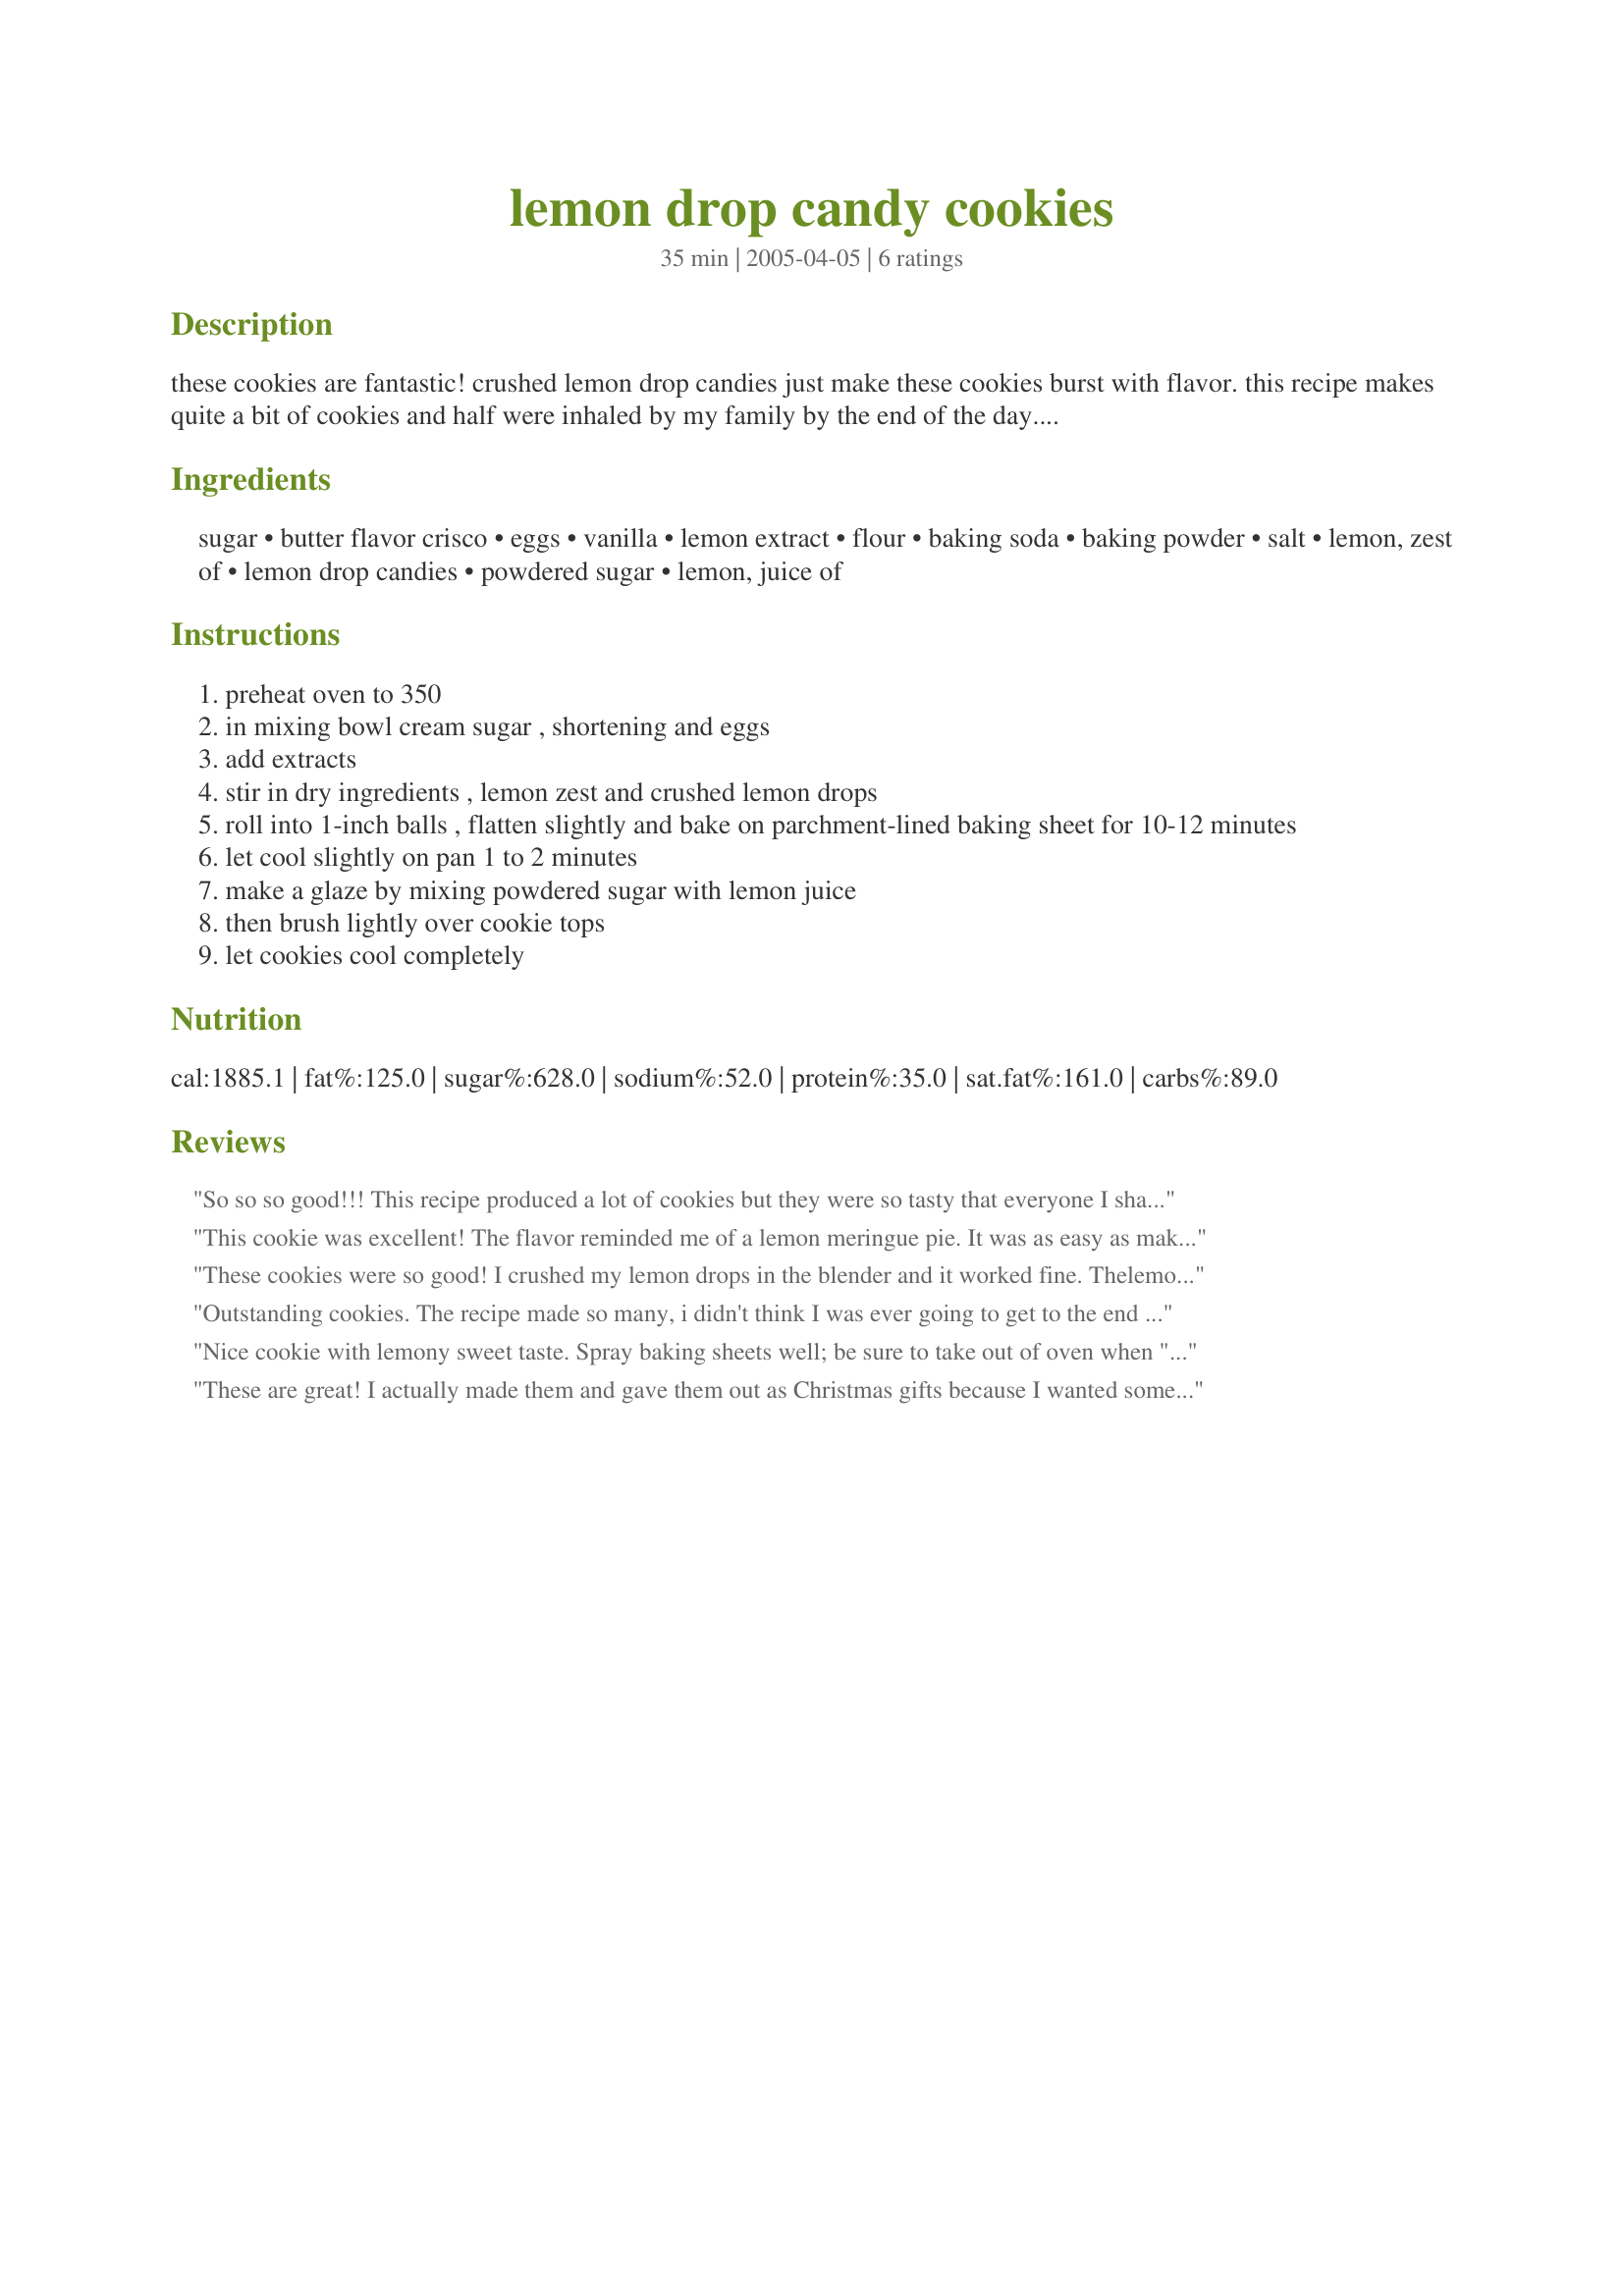
lemon drop candy cookies
Preparation time: 35 minutes

these cookies are fantastic! crushed lemon drop candies just make these cookies burst with flavor. this recipe makes quite a bit of cookies and half were inhaled by my family by the end of the day. the recipe orginated by a lady named ann orton who was trying to duplicate a recipe that she had had at a restaurant in salt lake city. i have no idea what the originals tasted like, but these cookies would be hard to beat.

Ingredients:
sugar, butter flavor crisco, eggs, vanilla, lemon extract, flour, baking soda, baking powder, salt, lemon, zest of, lemon drop candies, powdered sugar, lemon, juice of

Steps:
preheat oven to 350
in mixing bowl cream sugar , shortening and eggs
add extracts
stir in dry ingredients , lemon zest and crushed lemon drops
roll into 1-inch balls , flatten slightly and bake on parchment-lined baking sheet for 10-12 minutes
let cool slightly on pan 1 to 2 minutes
make a glaze by mixing powdered sugar with lemon juice
then brush lightly over cookie tops
let cookies cool completely

Reviews:
So so so good!!! This recipe produced a lot of cookies but they were so tasty that everyone I shared with couldn&#039;t help eating them one after another! I loved the crunchiness that lemon drop candies brought into these cookies. Very nice touch! By the way, before baking, just drop the cookie balls, no need to press them and remember to keep at least 2 inches in between two cookie balls because they do expend quite a bit after baking.
This cookie was excellent! The flavor reminded me of a lemon meringue pie. 
It was as easy as making any other cookie. 

Thanks Ridgely.

Bullwinkle

These cookies were so good! I crushed my lemon drops in the blender and it worked fine. The<br/>lemon drops make these cookies much more flavorful than other cookies. I would probably half this recipe next time because it does make quite a bit.
Outstanding cookies. The recipe made so many, i didn't think I was ever going to get to the end of the dough. I used Lemonheads, too. I found my blender crushed them up quite efficiently.
Nice cookie with lemony sweet taste. Spray baking sheets well; be sure to take out of oven when "just golden at edges"; and let stand only about a minute before removing from sheet. DELICIOUS. Thanks, Ridgely!
These are great! I actually made them and gave them out as Christmas gifts because I wanted something different. They were a huge hit! Best cookie I have ever made! I made mine with crushed lemon heads and they gave it extra tartness, however it was not fun crushing them up!
